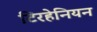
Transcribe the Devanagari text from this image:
टिरहेनियन